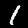
Digit: 1